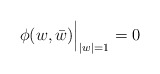
\begin{align*} \phi(w,\bar w)\Bigr|_{|w|=1} = 0\end{align*}